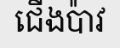
ជើងប៉ាវ